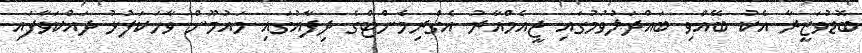
ބޮޑުވަޒީރާ އެކު ބޭއްވި ބައްދަލުވުމުގައި ޖީއެމްއާރު އެގްރިމެންޓްގެ ދިފާއުގައި މައުމޫން ވާހަކަފުޅު ދައްކަވާފައި